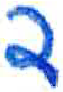
אות: ד